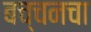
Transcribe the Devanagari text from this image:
बच्चनचा